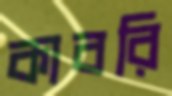
কাবরি